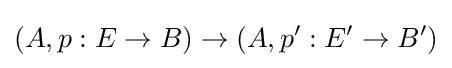
(A,p:E\to B)\to (A,p':E'\to B')